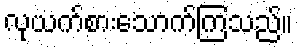
လုယက်စားသောက်ကြသည်။